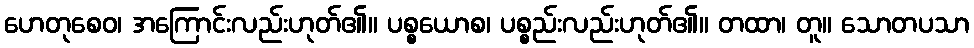
ဟေတုစေဝ၊ အကြောင်းလည်းဟုတ်၏။ ပစ္စယောစ၊ ပစ္စည်းလည်းဟုတ်၏။ တထာ၊ တူ။ သောတပသာ